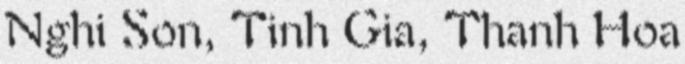
Nghi Son, Tinh Gia, Thanh Hoa